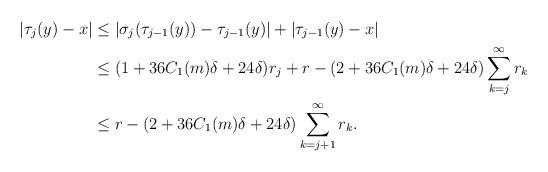
LaTeX: \begin{align*} \vert \tau_j(y) -x \vert &\leq \vert \sigma_{j}(\tau_{j-1}(y)) - \tau_{j-1}(y) \vert + \vert \tau_{j-1}(y) -x\vert \\ & \leq (1+36C_1(m)\delta + 24 \delta)r_j + r -(2+36C_1(m)\delta+24 \delta)\sum \limits_{k=j}^\infty r_k\\ &\leq r- (2+36C_1(m)\delta+24 \delta)\sum \limits_{k=j+1}^\infty r_k. \end{align*}